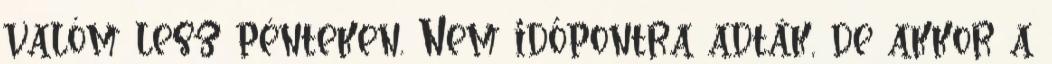
valóm lesz pénteken. Nem időpontra adták, de akkor a